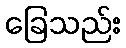
ခြေသည်း